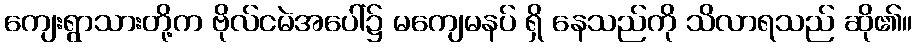
ကျေးရွာသားတို့က ဗိုလ်ငမဲအပေါ်၌ မကျေမနပ် ရှိ နေသည်ကို သိလာရသည် ဆို၏။